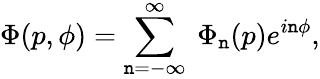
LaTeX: \Phi(p,\phi)=\sum_{\mathtt{n}=-\infty}^{\infty}\ \Phi_{\mathtt{n}}(p)e^{i\mathtt{n}\phi},